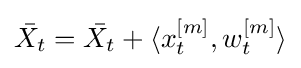
{\bar {X_{t}}}={\bar {X_{t}}}+\langle x_{t}^{[m]},w_{t}^{[m]}\rangle